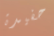
حفيدة